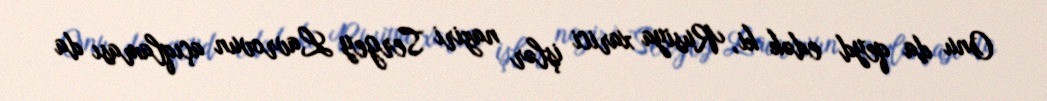
Onu da qeyd edək ki, Rusiya xarici işlər naziri Sergey Lavrovun açıqlaması da